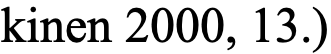
kinen 2000, 13.)